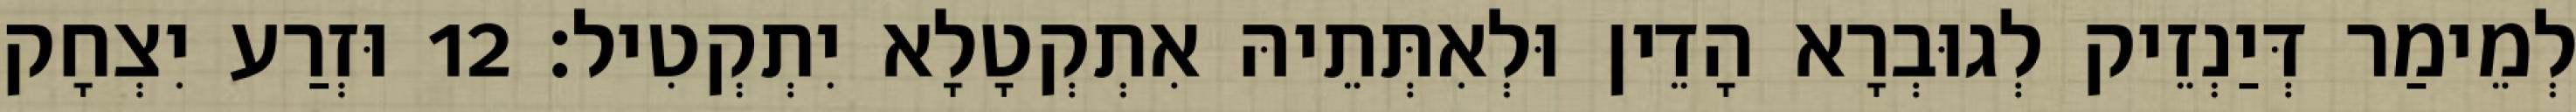
לְמֵימַר דְּיַנְזֵיק לְגוּבְרָא הָדֵין וּלְאִתְּתֵיהּ אִתְקְטָלָא יִתְקְטִיל׃ 12 וּזְרַע יִצְחָק